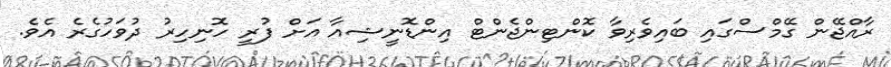
ރާއްޖޭން ގޭމްސްގައި ބައިވެރިވާ ކޮންޓިންޖެންޓް އިންޑޮނީޝިއާ އަށް ފުރީ ހޮނިހިރު ދުވަހުގެރެ އެވެ.